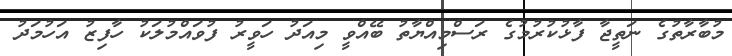
މުބާރާތުގެ ނަތީޖާ ފާޅުކުރުމުގެ ރަސްމިއްޔާތު ބޭއްވީ މިއަދު ހަވީރު ފުވައްމުލަކު ހާފިޒު އަހުމަދު